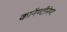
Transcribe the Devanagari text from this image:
काॅनण्टीनेण्ट